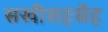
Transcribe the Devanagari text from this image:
सखीसहस्रैह